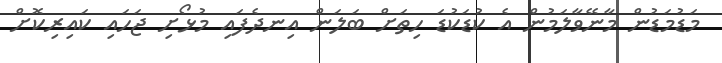
މަޑުމަޑުން މާނޭވާލަމުން އެ ކުޑަކުޑަ ހިތަށް ބަލަން އިނދެފައި މުޅޯށި ޖަހައި ކައިރިކޮށް